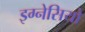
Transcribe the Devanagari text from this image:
इग्नेसियो